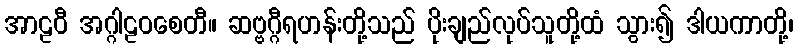
အာဠဝီ အဂ္ဂါဠဝစေတီ။ ဆဗ္ဗဂ္ဂီရဟန်းတို့သည် ပိုးချည်လုပ်သူတို့ထံ သွား၍ ဒါယကာတို့၊